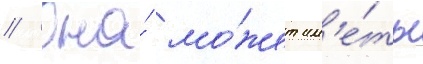
// Она́ мо́жет им'е́ть